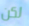
لكن